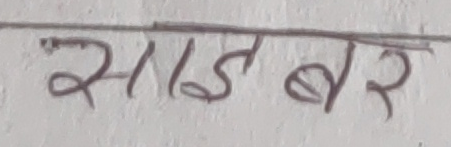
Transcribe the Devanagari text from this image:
साइबर